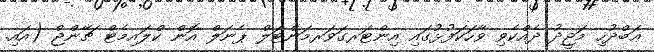
ޢަބްދުހި މަޖީދު ދެއްކެވި ވާހަކަފުޅުގައި އިންޓަރގަވަރމަންޓަލް ޕެނަލް އޮން ކްލައިމެޓް ޗޭންޖް (އައި.